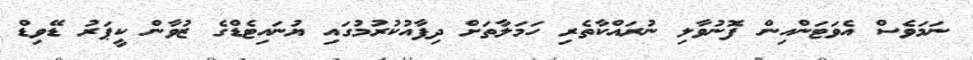
ނަމަވެސް އެވަޓަންއިން ފޮނުވާލި ނުރައްކާތެރި ހަމަލާތަށް ދިފާއުކުރުމުގައި ޔުނައިޓެޑްގެ ޒުވާން ކީޕަރު ޑޭވިޑް